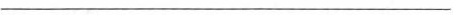
___